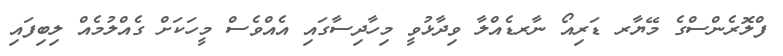
ފްލޮރެންސްގެ މޭޔާރ ޑަރިއޯ ނާރޑެއްލާ ވިދާޅުވީ މިހާދިސާގައި އެއްވެސް މީހަކަށް ގެއްލުމެއް ލިބިފައި